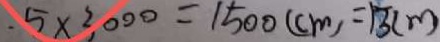
5 \times 3 0 0 0 = 1 5 0 0 ( c m ) = 1 3 ( m )